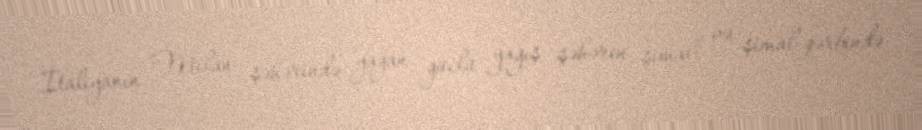
İtaliyanın Milan şəhərində yağan güclü yağış şəhərin şimal və şimal-qərbində